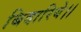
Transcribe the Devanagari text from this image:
बिदारिये।।